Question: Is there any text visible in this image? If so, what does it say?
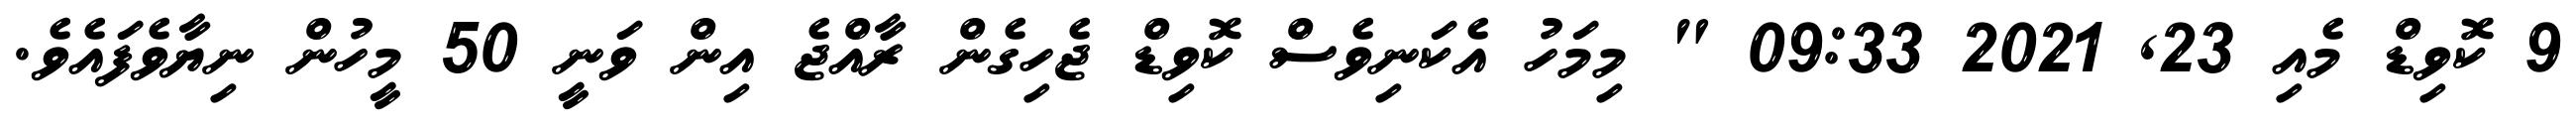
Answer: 9 ކޮވިޑް މެއި 23, 2021 09:33 " މިމަހު އެކަނިވެސް ކޮވިޑް ޖެހިގެން ރާއްޖެ އިން ވަނީ 50 މީހުން ނިޔާވެފައެވެ.